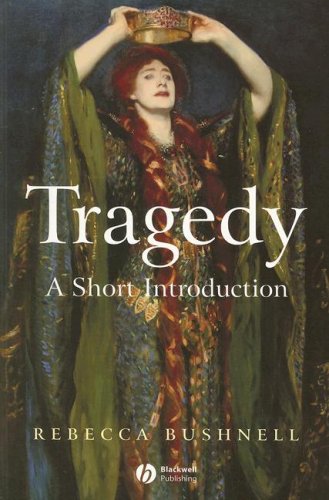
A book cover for Tragedy: A Short Introduction; Rebecca Bushnell; Literature & Fiction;